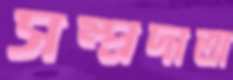
সম্প্রদাতা